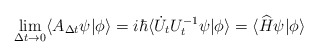
\begin{align*}\lim_{\Delta t\rightarrow0}\langle A_{\Delta t}\psi|\phi\rangle=i\hbar\langle\dot{U}_{t}U_{t}^{-1}\psi|\phi\rangle=\langle\widehat{H}\psi|\phi\rangle \end{align*}